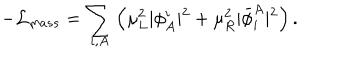
LaTeX: - { \cal L } _ { m a s s } = \sum _ { i , A } \left( \mu _ { L } ^ { 2 } \vert \phi _ { A } ^ { i } \vert ^ { 2 } + \mu _ { R } ^ { 2 } \vert { \bar { \phi } } _ { i } ^ { A } \vert ^ { 2 } \right) .